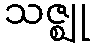
သဇ္ဈု